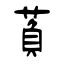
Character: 萯